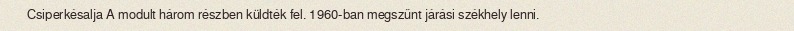
Csiperkésalja A modult három részben küldték fel. 1960-ban megszűnt járási székhely lenni.